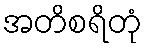
အတိစရိတုံ